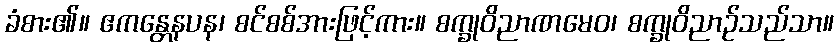
ခံစား၏။ ဧကန္တေနပန၊ စင်စစ်အားဖြင့်ကား။ စက္ခုဝိညာဏမေဝ၊ စက္ခုဝိညာဉ်သည်သာ။